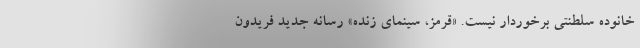
خانوده سلطنتی برخوردار نیست. «قرمز، سینمای زنده» رسانه جدید فریدون